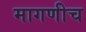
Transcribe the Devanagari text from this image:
मागणीच